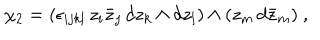
\chi _ { 2 } = ( \epsilon _ { i j k l } \, z _ { i } \bar { z } _ { j } \, d z _ { k } \wedge d z _ { l } ) \wedge ( z _ { m } \, d \bar { z } _ { m } ) \ ,